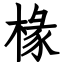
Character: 椽